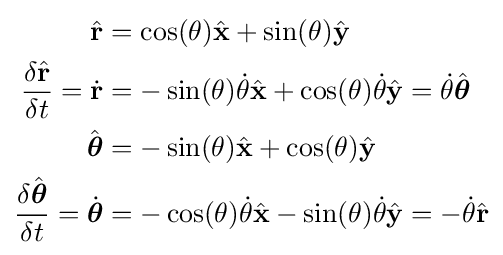
{\begin{aligned}{\hat {\mathbf {r} }}&=\cos(\theta ){\hat {\mathbf {x} }}+\sin(\theta ){\hat {\mathbf {y} }}\\{\frac {\delta {\hat {\mathbf {r} }}}{\delta t}}={\dot {\mathbf {r} }}&=-\sin(\theta ){\dot {\theta }}{\hat {\mathbf {x} }}+\cos(\theta ){\dot {\theta }}{\hat {\mathbf {y} }}={\dot {\theta }}{\hat {\boldsymbol {\theta }}}\\{\hat {\boldsymbol {\theta }}}&=-\sin(\theta ){\hat {\mathbf {x} }}+\cos(\theta ){\hat {\mathbf {y} }}\\{\frac {\delta {\hat {\boldsymbol {\theta }}}}{\delta t}}={\dot {\boldsymbol {\theta }}}&=-\cos(\theta ){\dot {\theta }}{\hat {\mathbf {x} }}-\sin(\theta ){\dot {\theta }}{\hat {\mathbf {y} }}=-{\dot {\theta }}{\hat {\mathbf {r} }}\end{aligned}}